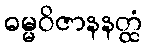
ဓမ္မဝိဇာနနတ္ထံ